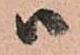
ハ